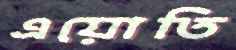
এয়োতি